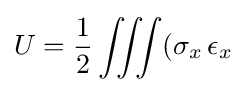
U={\frac {1}{2}}\iiint (\sigma _{x}\,\epsilon _{x}